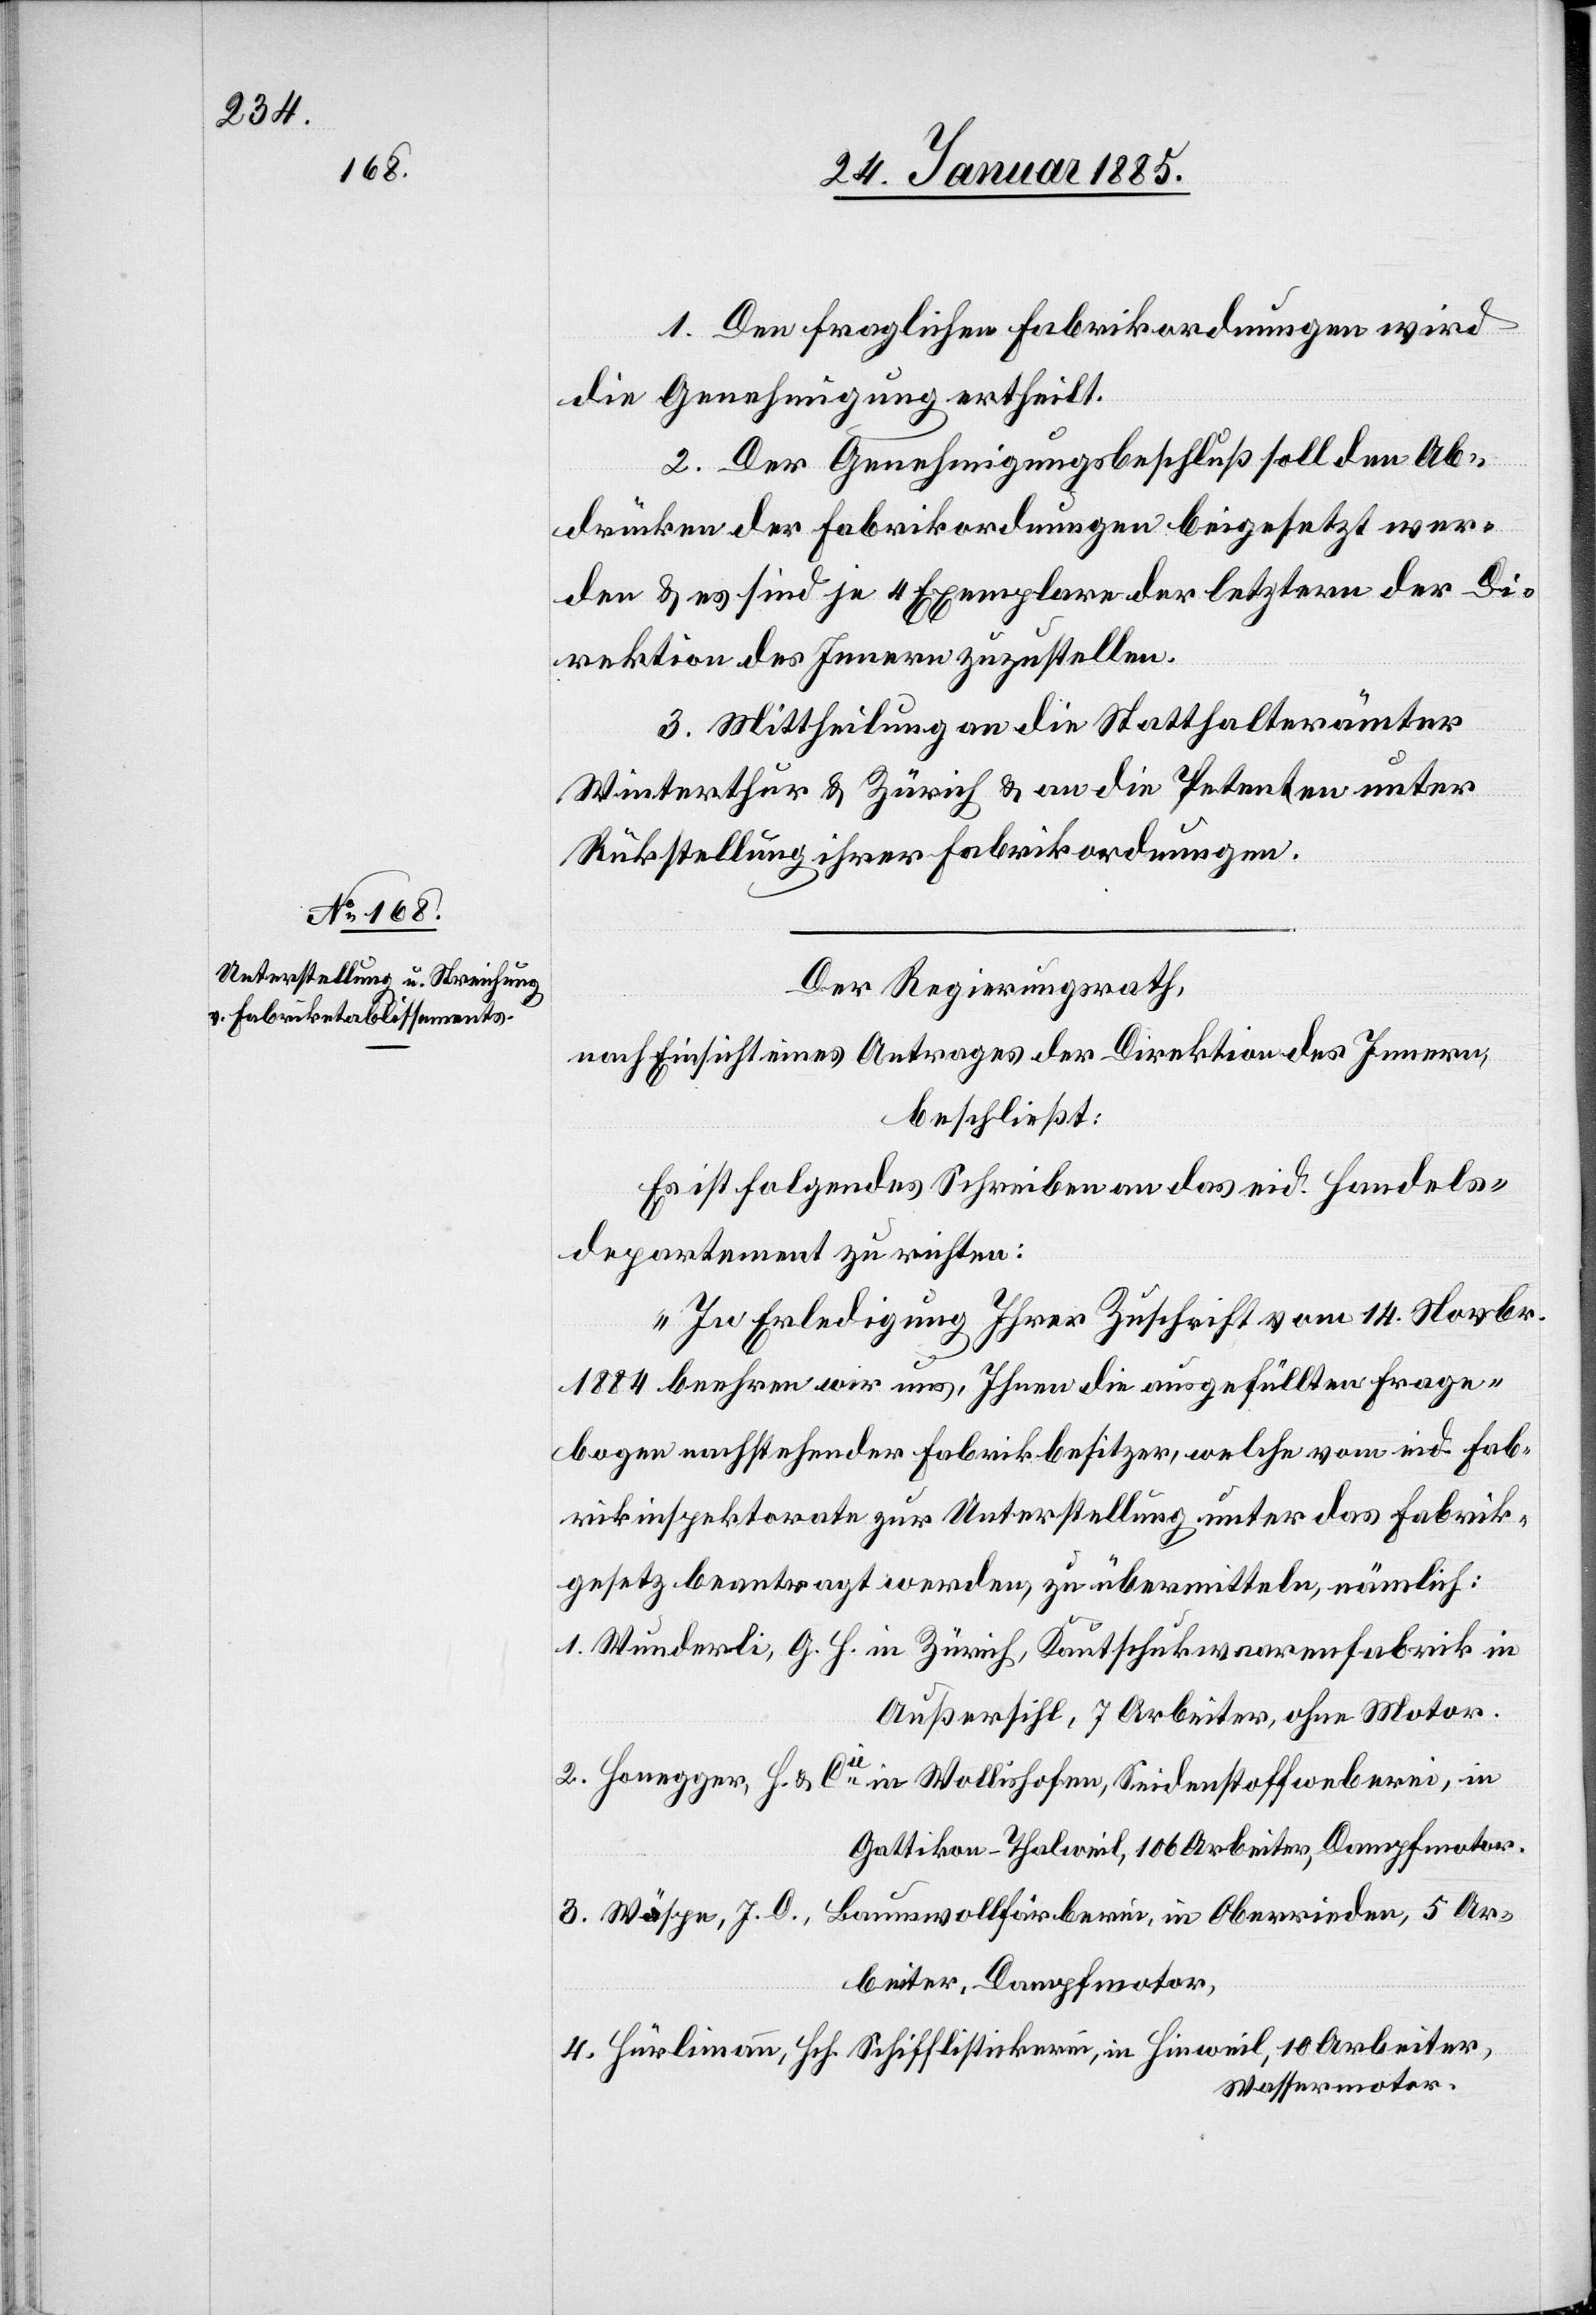
1. Den fraglichen Fabrikordnungen wird
die Genehmigung ertheilt.
2. Der Genehmigungsbeschluß soll den Ab¬
drücken der Fabrikordnungen beigesetzt wer¬
den & es sind je 4 Exemplare der letztern der Di¬
rektion des Innern zuzustellen.
3. Mittheilung an die Statthalterämter
Winterthur & Zürich & an die Petenten unter
Rückstellung ihrer Fabrikordnungen.
Der Regierungsrath,
nach Einsicht eines Antrages der Direktion des Innern,
beschließt:
Es ist folgendes Schreiben an das eid. Handels¬
departement zu richten:
„In Erledigung Ihrer Zuschrift vom 14. Novbr.
1884 beehren wir uns, Ihnen die ausgefüllten Frage¬
bogen nachstehender Fabrikbesitzer, welche vom eid. Fab¬
rikinspektor zur Unterstellung unter das Fabrik¬
gesetz beantragt werden, zu übermitteln, nämlich:
1. Wunderli, G. H. in Zürich, Kautschukwaarenfabrik in
Außersihl, 7 Arbeiter, ohne Motor.
2. Honegger, H. & Cie in Wollishofen, Seidenstoffweberei, in
Gattikon - Thalweil, 106 Arbeiter, Dampfmotor.
3. Wäspe, J. D.,
Baumwollfärberei, in Oberrieden 5 Ar¬
beiter, Dampfmotor,
4. Hürlimann, Hch. Schifflistickerei, in Hinweil, 10 Arbeiter,
Wassermotor.